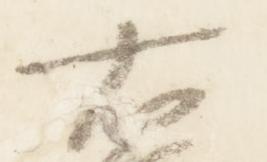
右